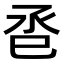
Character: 𢀷